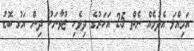
އަމިއްލަ އެދުމެއް ނެތް 25 އަހަރުގެ ދިވެހި ޒުވާނަކު ދިން އަގު ބޮޑު